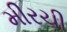
મીરચી